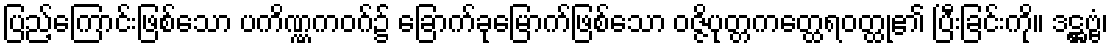
ပြည့်ကြောင်းဖြစ်သော ပကိဏ္ဏကဝဂ်၌ ခြောက်ခုမြောက်ဖြစ်သော ဝဇ္ဇိပုတ္တကတ္ထေရဝတ္ထု၏ ပြီးခြင်းကို။ ဒဋ္ဌဗ္ဗံ၊